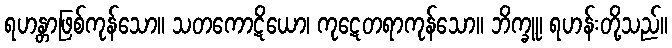
ရဟန္တာဖြစ်ကုန်သော။ သတကောဋိယော၊ ကုဋေတရာကုန်သော။ ဘိက္ခူ၊ ရဟန်းတို့သည်။